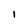
Character: 1